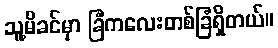
သူ့မိခင်မှာ ခြံကလေးတစ်ခြံရှိတယ်။